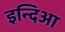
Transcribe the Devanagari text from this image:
इन्दिआ